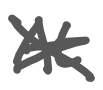
Text: At
Cross-out: cross
Writing tool: digital_gray